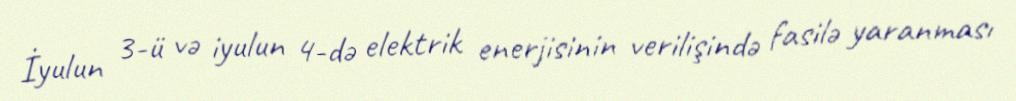
İyulun 3-ü və iyulun 4-də elektrik enerjisinin verilişində fasilə yaranması